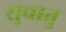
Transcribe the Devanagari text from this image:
सुचातु